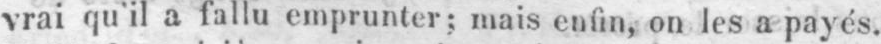
vrai qu’il a fallu emprunter; mais enfin, on les a payés.